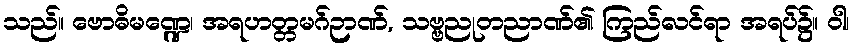
သည်။ ဗောဓိမဏ္ဍေ၊ အရဟတ္တမဂ်ဉာဏ်, သဗ္ဗညုတညာဏ်၏ ကြည်လင်ရာ အရပ်၌။ ဝါ၊